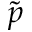
\tilde { p }